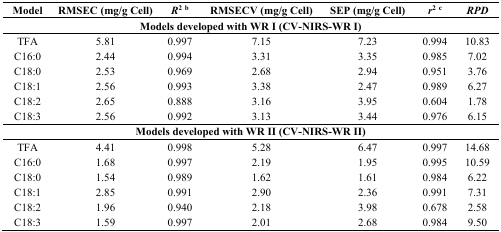
<table><thead><tr><td><b>Model</b></td><td><b>RMSEC (mg/g Cell)</b></td><td><b><i>R</i><sup>2</sup><sup>b</sup></b></td><td><b>RMSECV (mg/g Cell)</b></td><td><b>SEP (mg/g Cell)</b></td><td><b><i>r</i><sup>2</sup><sup>c</sup></b></td><td><b><i>RPD</i></b></td></tr></thead><tbody><tr><td colspan="7"><b>Models developed with WR I (CV-NIRS-WR I)</b></td></tr><tr><td>TFA</td><td>5.81</td><td>0.997</td><td>7.15</td><td>7.23</td><td>0.994</td><td>10.83</td></tr><tr><td>C16:0</td><td>2.44</td><td>0.994</td><td>3.31</td><td>3.35</td><td>0.985</td><td>7.02</td></tr><tr><td>C18:0</td><td>2.53</td><td>0.969</td><td>2.68</td><td>2.94</td><td>0.951</td><td>3.76</td></tr><tr><td>C18:1</td><td>2.56</td><td>0.993</td><td>3.38</td><td>2.47</td><td>0.989</td><td>6.27</td></tr><tr><td>C18:2</td><td>2.65</td><td>0.888</td><td>3.16</td><td>3.95</td><td>0.604</td><td>1.78</td></tr><tr><td>C18:3</td><td>2.56</td><td>0.992</td><td>3.13</td><td>3.44</td><td>0.976</td><td>6.15</td></tr><tr><td colspan="7"><b>Models developed with WR II (CV-NIRS-WR II)</b></td></tr><tr><td>TFA</td><td>4.41</td><td>0.998</td><td>5.28</td><td>6.47</td><td>0.997</td><td>14.68</td></tr><tr><td>C16:0</td><td>1.68</td><td>0.997</td><td>2.19</td><td>1.95</td><td>0.995</td><td>10.59</td></tr><tr><td>C18:0</td><td>1.54</td><td>0.989</td><td>1.62</td><td>1.61</td><td>0.984</td><td>6.22</td></tr><tr><td>C18:1</td><td>2.85</td><td>0.991</td><td>2.90</td><td>2.36</td><td>0.991</td><td>7.31</td></tr><tr><td>C18:2</td><td>1.96</td><td>0.940</td><td>2.18</td><td>3.98</td><td>0.678</td><td>2.58</td></tr><tr><td>C18:3</td><td>1.59</td><td>0.997</td><td>2.01</td><td>2.68</td><td>0.984</td><td>9.50</td></tr></tbody></table>